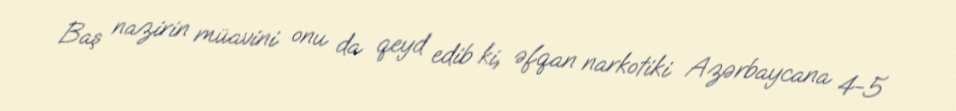
Baş nazirin müavini onu da qeyd edib ki, əfqan narkotiki Azərbaycana 4-5